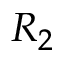
R _ { 2 }